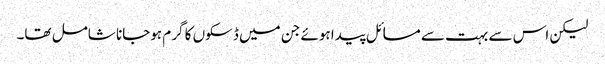
لیکن اس سے بہت سے مسائل پیدا ہوئے جن میں‌ ڈسکوں کا گرم ہوجانا شامل تھا۔